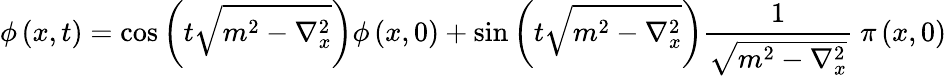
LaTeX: \phi\left(x,t\right)=\cos\left(t\sqrt{m^{2}-\nabla_{x}^{2}}\right)\phi\left(x,0\right)+\sin\left(t\sqrt{m^{2}-\nabla_{x}^{2}}\right)\frac{1}{\sqrt{m^{2}-\nabla_{x}^{2}}}~\pi\left(x,0\right)